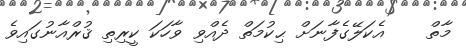
މާތް    އެކަލޭގެފާނަށް ޙިކުމަތް ދެއްވި ވާހަކަ ކީރިތި ޤުރްއާނުގައިވެ